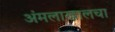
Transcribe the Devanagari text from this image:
अंमलाखालचा